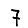
Digit: 7